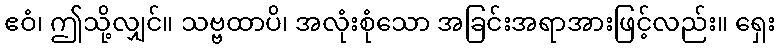
ဧဝံ၊ ဤသို့လျှင်။ သဗ္ဗထာပိ၊ အလုံးစုံသော အခြင်းအရာအားဖြင့်လည်း။ ရှေး